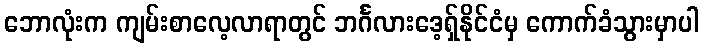
ဘောလုံးက ကျမ်းစာလေ့လာရာတွင် ဘင်္ဂလားဒေ့ရှ်နိုင်ငံမှ ကောက်ခံသွားမှာပါ